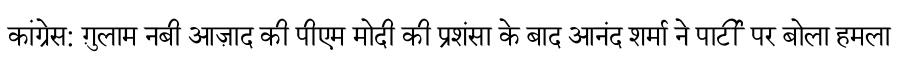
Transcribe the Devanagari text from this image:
कांग्रेस: ग़ुलाम नबी आज़ाद की पीएम मोदी की प्रशंसा के बाद आनंद शर्मा ने पार्टी पर बोला हमला